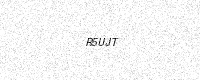
Text: R5UJT